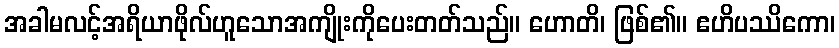
အခါမလင့်အရိယာဖိုလ်ဟူသောအကျိုးကိုပေးတတ်သည်။ ဟောတိ၊ ဖြစ်၏။ ဧဟိပဿိကော၊